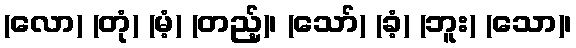
(လော) (တုံ) (မံ့) (တည့်)၊ (သော်) (ခံ့) (ဘူး) (သော)၊